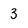
Character: 3